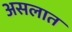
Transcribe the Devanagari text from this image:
असलात